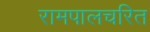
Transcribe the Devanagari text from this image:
रामपालचरित